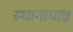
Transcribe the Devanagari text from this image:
स्थानापान्न